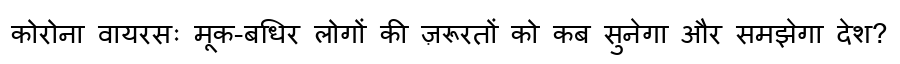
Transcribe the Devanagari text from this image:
कोरोना वायरसः मूक-बधिर लोगों की ज़रूरतों को कब सुनेगा और समझेगा देश?